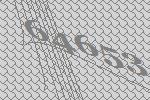
64653